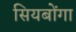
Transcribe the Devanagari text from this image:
सियबोंगा